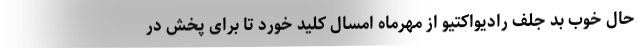
حال خوب بد جلف رادیواکتیو از مهرماه امسال کلید خورد تا برای پخش در